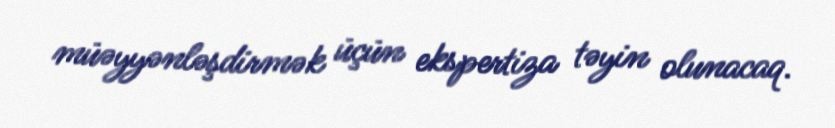
müəyyənləşdirmək üçün ekspertiza təyin olunacaq.